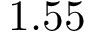
1 . 5 5